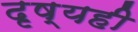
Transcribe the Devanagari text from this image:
दृष्यही